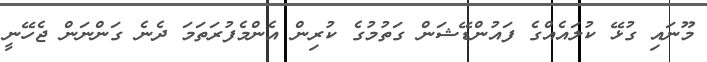
މޫނައި ގުޅޭ ކުލައެއްގެ ފައުންޑޭޝަން ގަތުމުގެ ކުރިން އެންމެފުރަތަމަ ދެނެ ގަންނަން ޖެހޭނީ